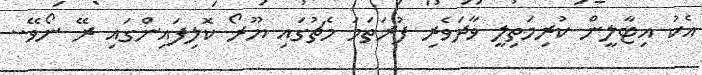
އެކު އިޓާލީން ކުރިމަތިލީ ވާދަވެރި ފުރަތަމަ މެޗުގައި ޔޫރޯ ކޮލިފައިންގައި ރޭ ނޯވޭ..